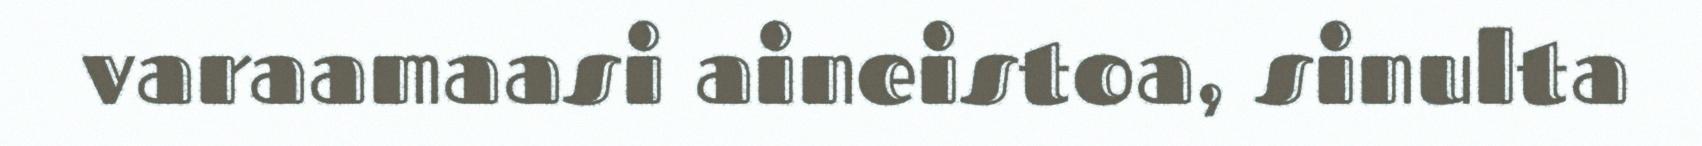
varaamaasi aineistoa, sinulta